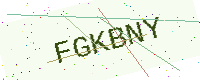
Text: FGKBNY